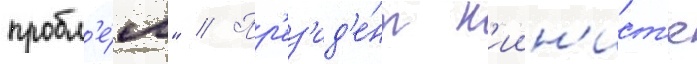
пробл'е́м" // Пр'ез'ид'е́нт н'иин'ист'е